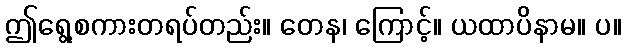
ဤရွေ့စကားတရပ်တည်း။ တေန၊ ကြောင့်။ ယထာပိနာမ။ ပ။